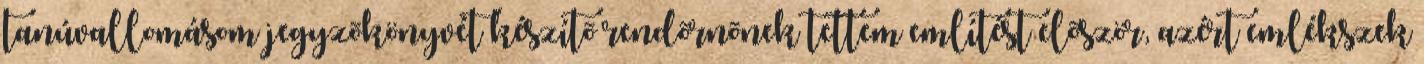
tanúvallomásom jegyzõkönyvét készítõ rendõrnõnek tettem említést elõször, azért emlékszek